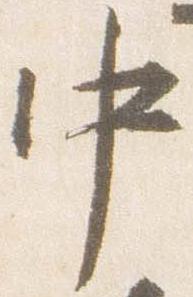
中